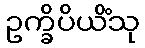
ဥက္ခိပိယိံသု